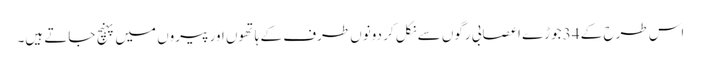
اس طرح کے 34 جوڑے اعصابی رگوں سے نکل کر دونوں طرف کے ہاتھوں اور پیروں میں پہنچ جاتے ہیں۔